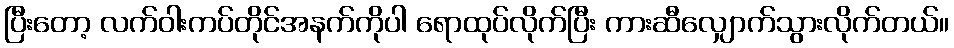
ပြီးတော့ လက်ဝါးကပ်တိုင်အနက်ကိုပါ ရောထုပ်လိုက်ပြီး ကားဆီလျှောက်သွားလိုက်တယ်။